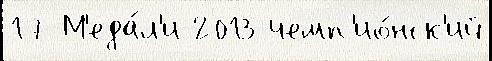
17 М'еда́л'и 2013 чемп'ио́нск'ий